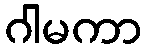
ဂါမကာ